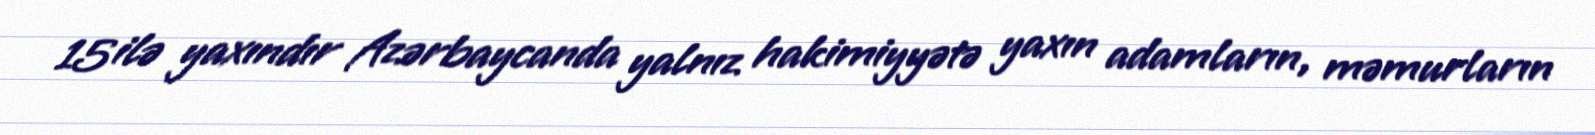
15 ilə yaxındır Azərbaycanda yalnız hakimiyyətə yaxın adamların, məmurların